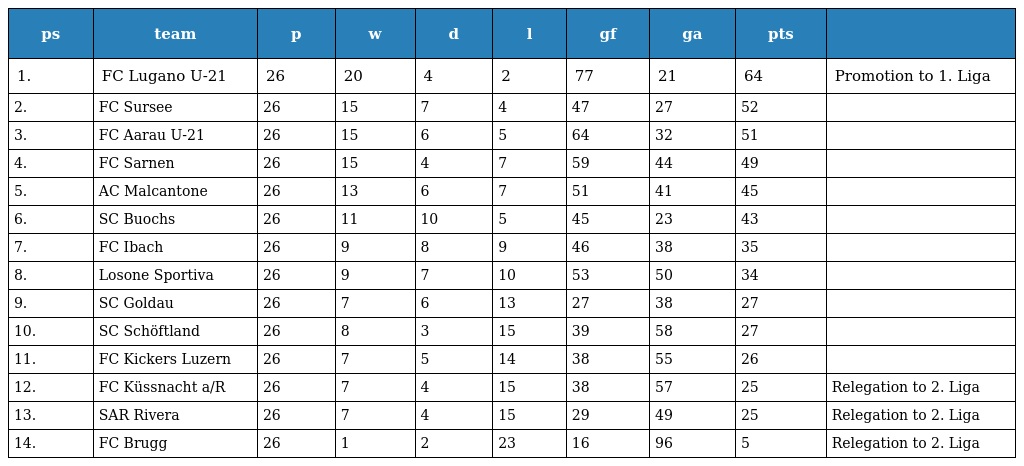
| ps | team | p | w | d | l | gf | ga | pts |  |
 | --- | --- | --- | --- | --- | --- | --- | --- | --- | --- |
 | 1. | FC Lugano U-21 | 26 | 20 | 4 | 2 | 77 | 21 | 64 | Promotion to 1. Liga |
 | 2. | FC Sursee | 26 | 15 | 7 | 4 | 47 | 27 | 52 |  |
 | 3. | FC Aarau U-21 | 26 | 15 | 6 | 5 | 64 | 32 | 51 |  |
 | 4. | FC Sarnen | 26 | 15 | 4 | 7 | 59 | 44 | 49 |  |
 | 5. | AC Malcantone | 26 | 13 | 6 | 7 | 51 | 41 | 45 |  |
 | 6. | SC Buochs | 26 | 11 | 10 | 5 | 45 | 23 | 43 |  |
 | 7. | FC Ibach | 26 | 9 | 8 | 9 | 46 | 38 | 35 |  |
 | 8. | Losone Sportiva | 26 | 9 | 7 | 10 | 53 | 50 | 34 |  |
 | 9. | SC Goldau | 26 | 7 | 6 | 13 | 27 | 38 | 27 |  |
 | 10. | SC Schöftland | 26 | 8 | 3 | 15 | 39 | 58 | 27 |  |
 | 11. | FC Kickers Luzern | 26 | 7 | 5 | 14 | 38 | 55 | 26 |  |
 | 12. | FC Küssnacht a/R | 26 | 7 | 4 | 15 | 38 | 57 | 25 | Relegation to 2. Liga |
 | 13. | SAR Rivera | 26 | 7 | 4 | 15 | 29 | 49 | 25 | Relegation to 2. Liga |
 | 14. | FC Brugg | 26 | 1 | 2 | 23 | 16 | 96 | 5 | Relegation to 2. Liga |